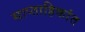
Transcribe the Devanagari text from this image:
साप्ताहिकांत